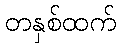
တနှစ်ထက်